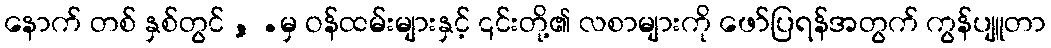
နောက် တစ် နှစ်တွင် , .မှ ဝန်ထမ်းများနှင့် ၎င်းတို့၏ လစာများကို ဖော်ပြရန်အတွက် ကွန်ပျူတာ